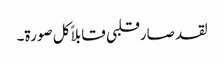
لقد صارقلبی قابلاً کل صورۃ۔